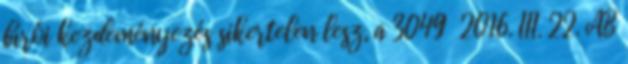
bírói kezdeményezés sikertelen lesz, a 3049 2016. III. 22. AB